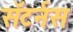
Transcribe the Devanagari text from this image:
सॅटर्नस